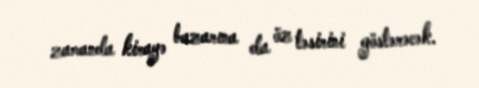
zamanda kirayə bazarına da öz təsirini göstərəcək.